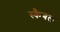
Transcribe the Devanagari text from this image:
स्कैबल